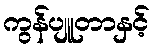
ကွန်ပျူတာနှင့်